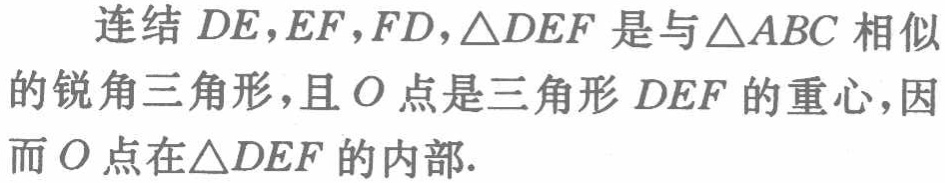
连结 \(DE,EF,FD,\triangle DEF\) 是与 \(\triangle ABC\) 相似的锐角三角形，且 \(O\) 点是三角形 \(DEF\) 的重心，因而 \(O\) 点在 \(\triangle DEF\) 的内部.